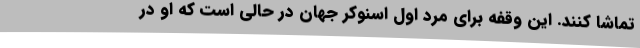
تماشا کنند. این وقفه برای مرد اول اسنوکر جهان در حالی است که او در